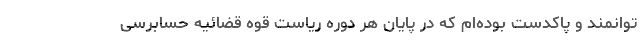
توانمند و پاکدست بوده‌ام که در پایان هر دوره ریاست قوه قضائیه حسابرسی